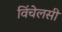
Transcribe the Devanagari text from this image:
विंचेलसी